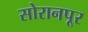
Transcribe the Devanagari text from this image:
सोरानपूर